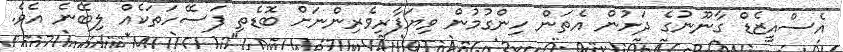
އެސްއީޒެޑް ގާނޫނުގެ ދަށުން އެތަން ހިންގުމުން ވިޔަފާރިވެރިންނަށް ބޮޑެތި ފަސޭހަތަކެއް ލިބޭނެ އެވެ.